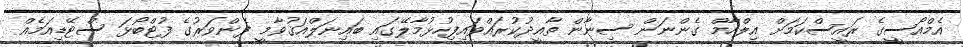
އެމްއޯސީގެ ރައީސްކަމަށް އިލްހާމް ގެންނަން ސިނާން ތާއީދުކުރައްވައިފިހުޅުމާލޭގައި ބައިނަލްއަޤުވާމީ ފެންވަރުގެ ފުޓްބޯޅަ ސްޓޭޑިއަމެއް